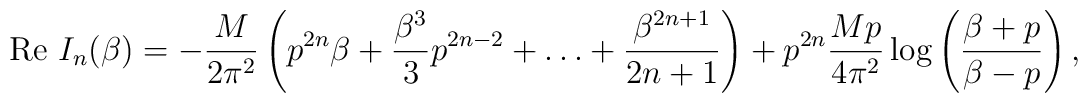
{\rm Re} \, \, I_n(\beta)=-\frac{M}{2{\pi^2}}\left( p^{2n} \beta + \frac{\beta^3}{3}p^{2n-2} +\ldots +\frac{\beta^{2n+1}}{2n+1} \right)+{p^{2n}}\frac{Mp}{4{\pi^2}}\log\left(\frac{\beta +p}{\beta-p}\right),